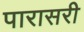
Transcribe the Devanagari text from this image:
पारासरी